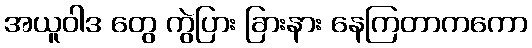
အယူဝါဒ တွေ ကွဲပြား ခြားနား နေကြတာကကော